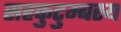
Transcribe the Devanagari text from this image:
सहकुटुम्बस्य